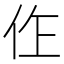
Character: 㑅